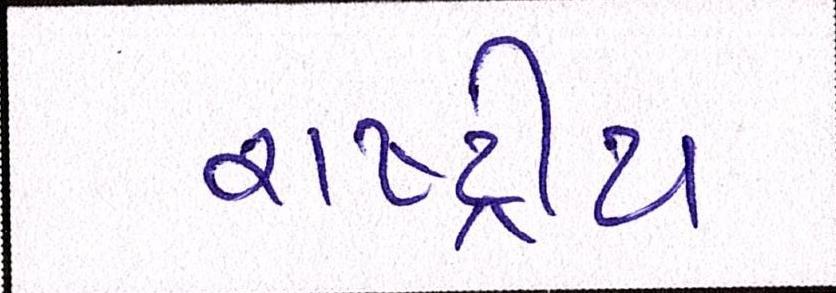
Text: રાષ્ટ્રીય